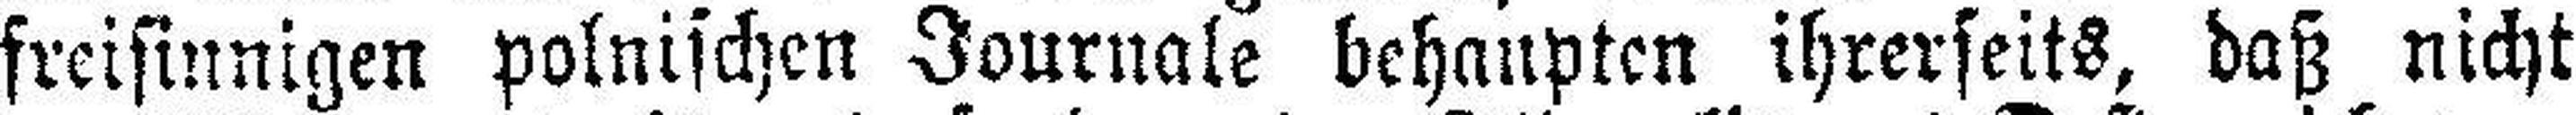
freisinnigen polnischen Journale behaupten ihrerseits, daß nicht